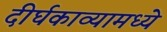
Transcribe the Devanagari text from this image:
दीर्घकाव्यामध्ये